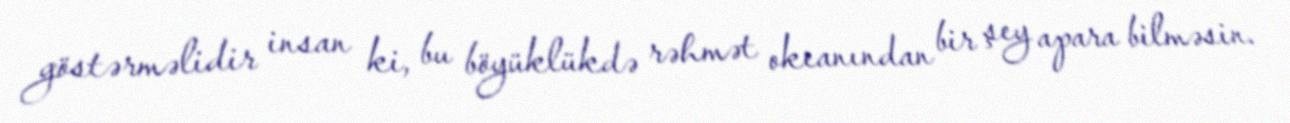
göstərməlidir insan ki, bu böyüklükdə rəhmət okeanından bir şey apara bilməsin.